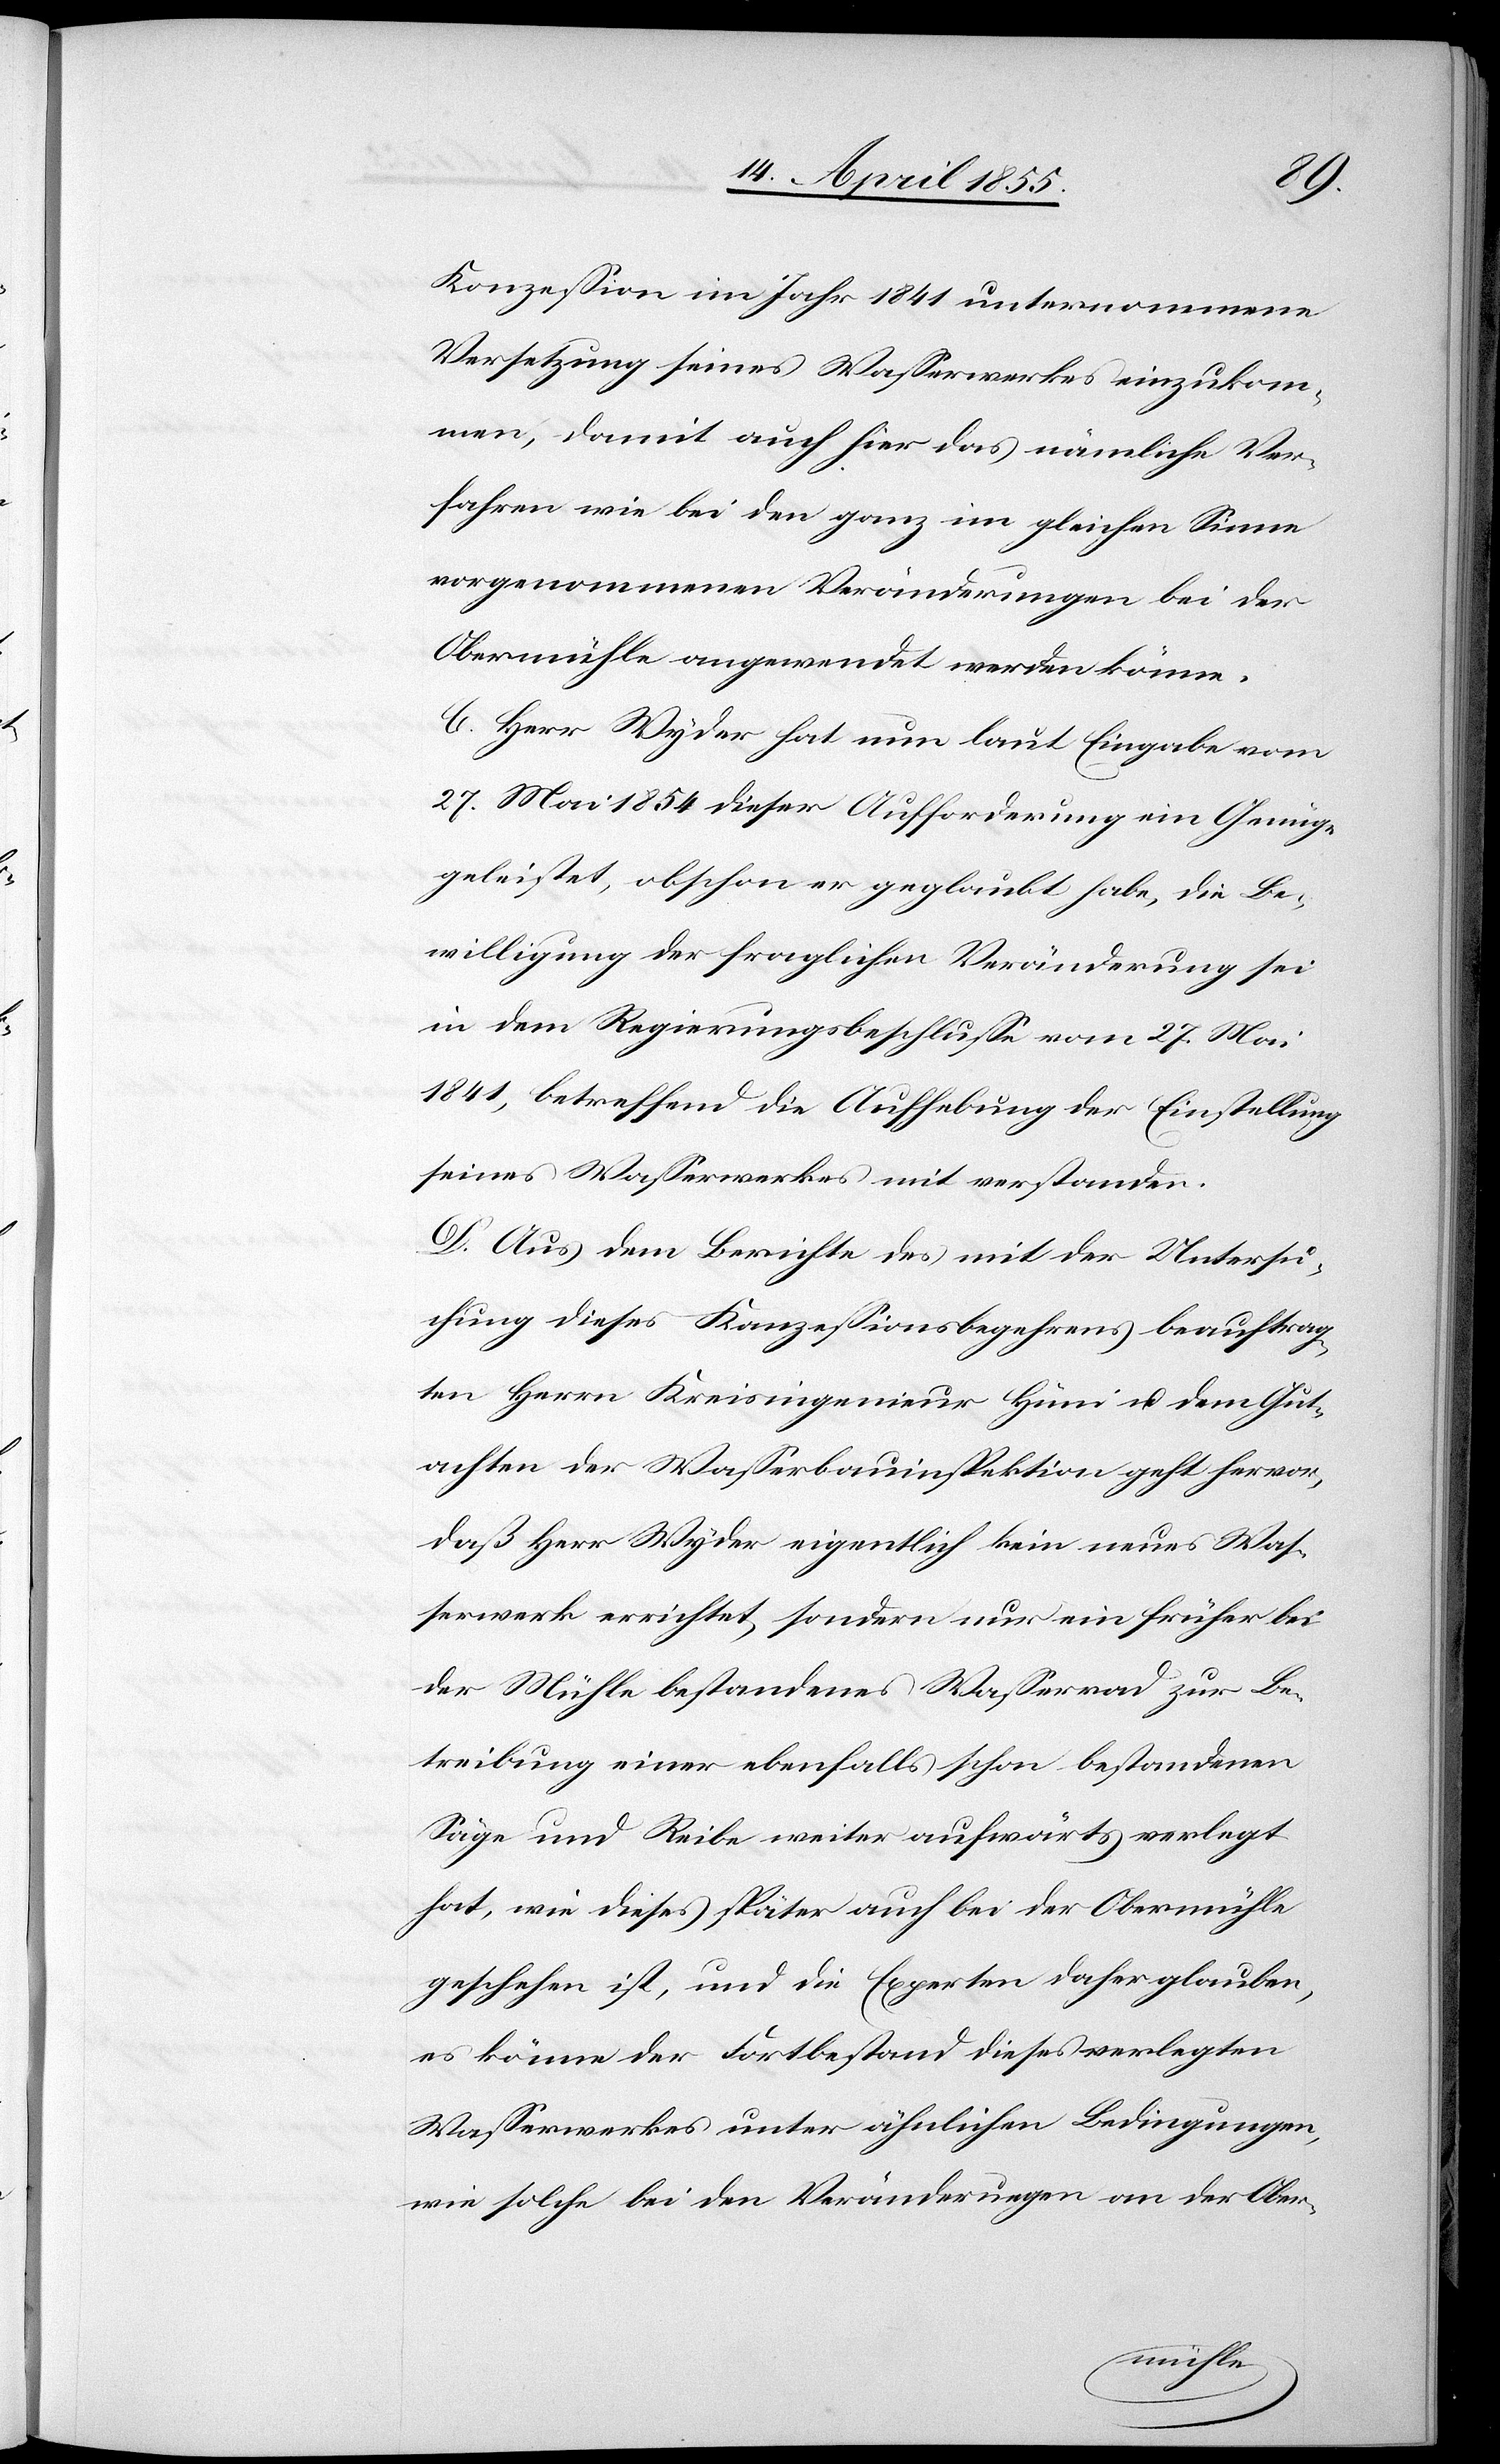
Konzession im Jahr 1841 unternommene
Versetzung seines Wasserwerkes einzukom¬
men, damit auch hier das nämliche Ver¬
fahren wie bei den ganz im gleichen Sinne
vorgenommenen Veränderungen bei der
Obermühle angewendet werden könne.
C. Herr Wyder hat nun laut Eingabe vom
27. Mai 1854 dieser Aufforderung ein Genüge
geleistet, obschon er geglaubt habe, die Be¬
willigung der fraglichen Veränderung sei
in dem Regierungsbeschlusse vom 27. Mai
1841, betreffend die Aufhebung der Einstellung
seines Wasserwerkes mit verstanden.
D. Aus dem Berichte des mit der Untersu¬
chung dieses Konzessionsbegehrens beauftrag¬
ten Herrn Kreisingenieur Hüni u. dem Gut¬
achten der Wasserbauinspektion geht hervor,
daß Herr Wyder eigentlich kein neues Was¬
serwerk errichtet, sondern nur ein früher bei
der Mühle bestandenes Wasserrad zur Be¬
treibung einer ebenfalls schon bestandenen
Säge und Reibe weiter aufwärts verlegt
hat, wie dieses später auch bei der Obermühle
geschehen ist, und die Experten daher glauben,
es könne der Fortbestand dieses verlegten
Wasserwerkes unter ähnlichen Bedingungen,
wie solche bei den Veränderungen an der Ober-